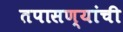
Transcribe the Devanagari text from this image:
तपासण्यांची